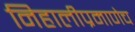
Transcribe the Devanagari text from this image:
निहालीप्रमाणेच